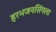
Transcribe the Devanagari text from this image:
हरभजनसिंगला